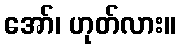
အော်၊ ဟုတ်လား။